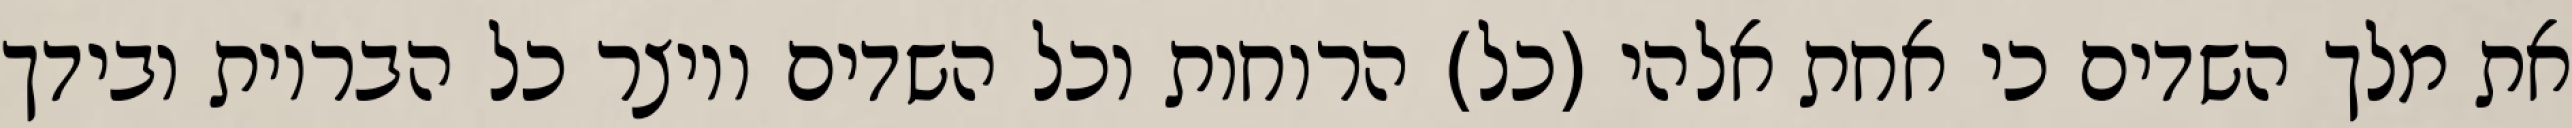
את מלך השדים כי אחת אלהי (כל) הרוחות וכל השדים ויוצר כל הבריות ובידך